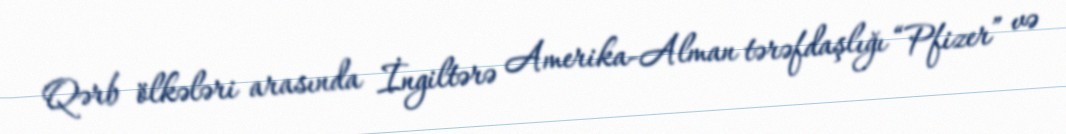
Qərb ölkələri arasında İngiltərə Amerika-Alman tərəfdaşlığı “Pfizer” və